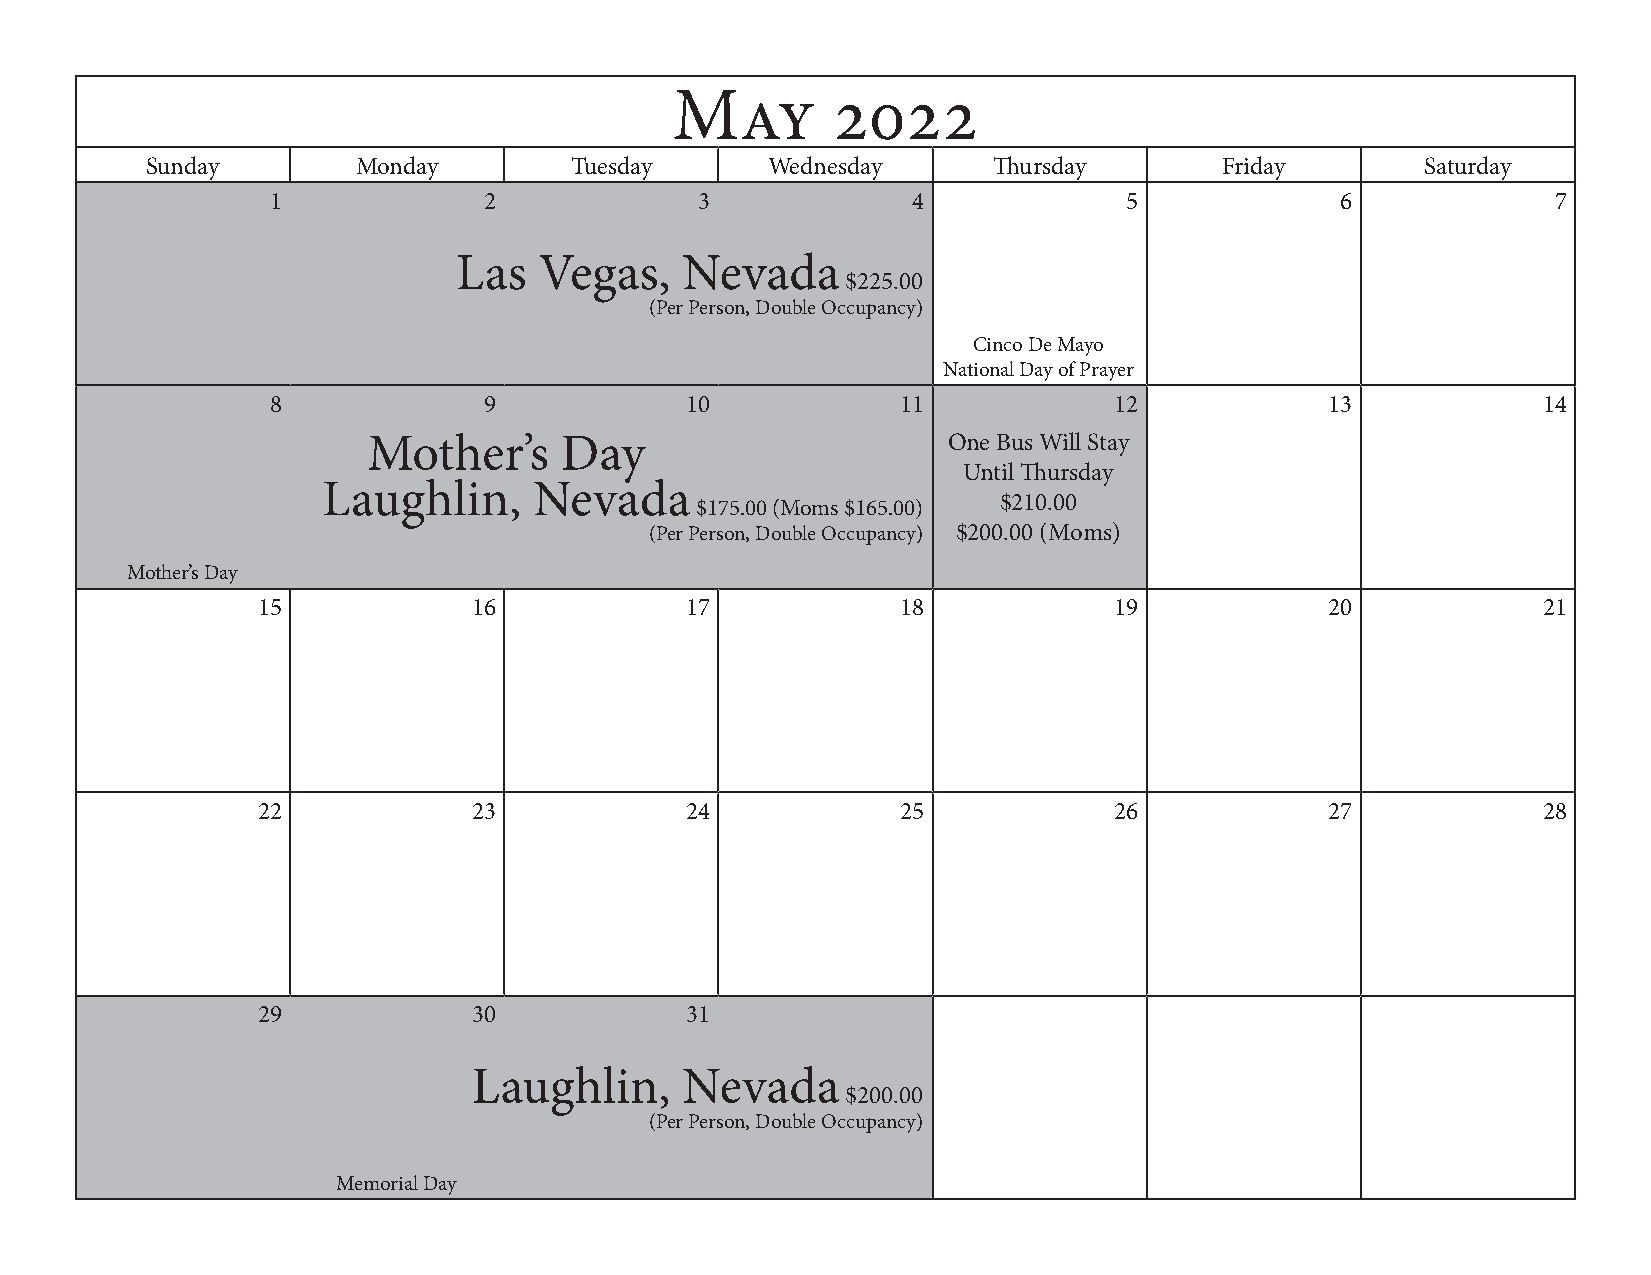
May       2022
 Sunday        Monday        Tuesday      Wednesday      Thursday       Friday       Saturday
 1             2             3             4              5             6             7
 Las   Vegas,   Nevada
 $225.00
 (Per Person, Double Occupancy)
 Cinco De Mayo
 National Day of Prayer
 8             9            10             11            12            13            14
 Mother’s     Day                       One Bus Will Stay
 Until Thursday
 Laughlin,     Nevada
 $175.00 (Moms $165.00)
 $210.00
 (Per Person, Double Occupancy) $200.00 (Moms)
 Mother’s Day
 15            16            17             18            19            20            21
 22            23            24             25            26            27            28
 29            30            31
 Laughlin,     Nevada
 $200.00
 (Per Person, Double Occupancy)
 Memorial Day